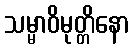
သမ္မာဝိမုတ္တိနော